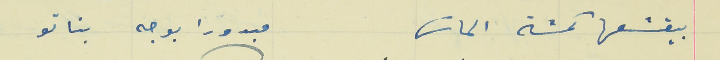
بيقشعها كمشة الماسَ                                              مبدورا بوجه بناتو